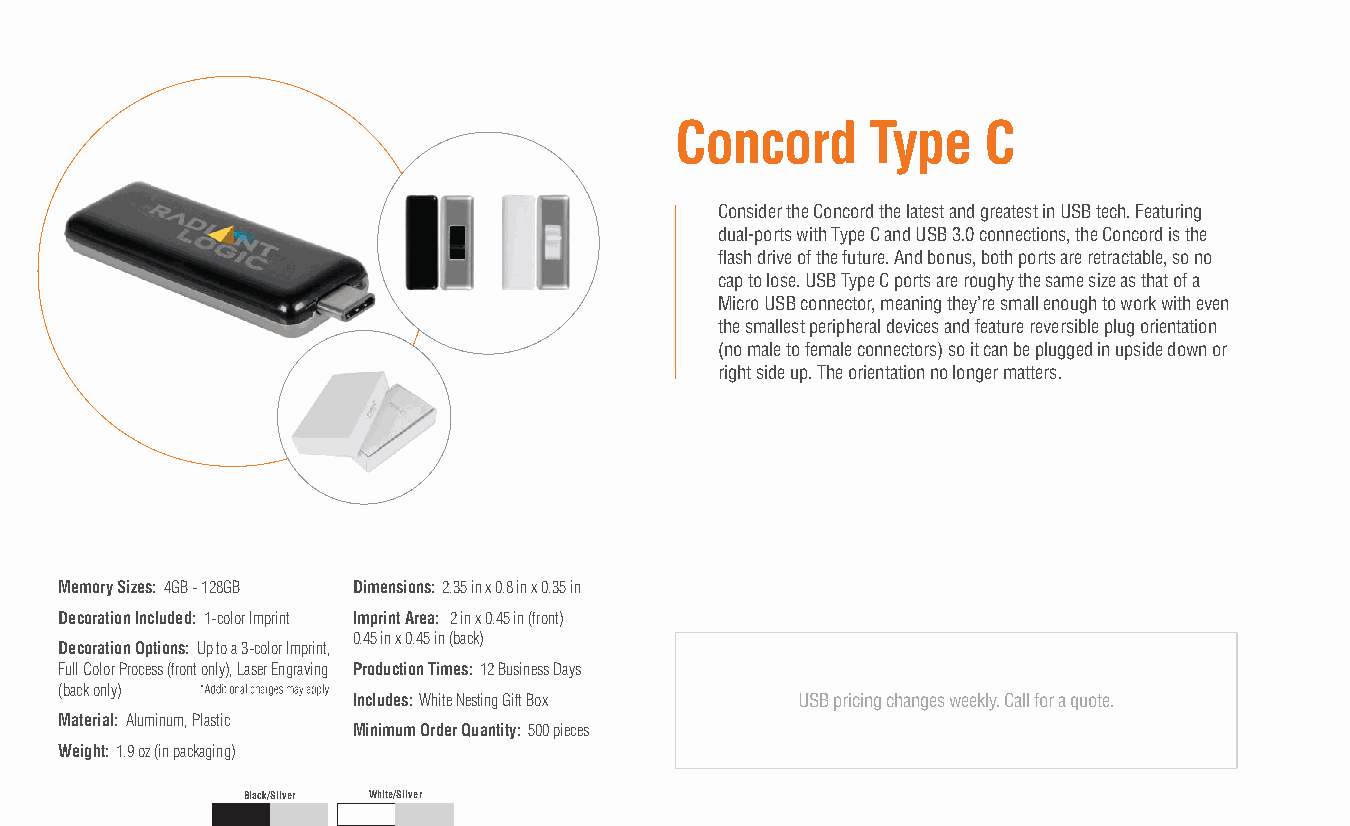
Concord      Type   C
 Consider the Concord the latest and greatest in USB tech. Featuring
 dual-ports with Type C and USB 3.0 connections, the Concord is the
 flash drive of the future. And bonus, both ports are retractable, so no
 cap to lose. USB Type C ports are roughy the same size as that of a
 Micro USB connector, meaning they’re small enough to work with even
 the smallest peripheral devices and feature reversible plug orientation
 (no male to female connectors) so it can be plugged in upside down or
 right side up. The orientation no longer matters.
 Memory Sizes: 4GB - 128GB Dimensions: 2.35 in x 0.8 in x 0.35 in
 Decoration Included: 1-color Imprint Imprint Area: 2 in x 0.45 in (front)
 0.45 in x 0.45 in (back)
 Decoration Options: Up to a 3-color Imprint,
 Full Color Process (front only), Laser Engraving Production Times: 12 Business Days
 (back only)
 Includes: White Nesting Gift Box USB pricing changes weekly. Call for a quote.
 Material: Aluminum, Plastic
 Minimum Order Quantity: 500 pieces
 Weight: 1.9 oz (in packaging)
 Black/Silver White/Silver